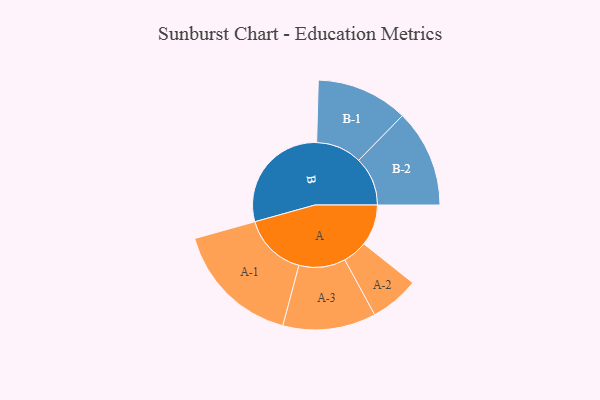
{"axis": {"x": "Segment", "y": "Value"}, "legend": ["", "A", "B"], "data": [{"x": "A", "y": 178, "type": ""}, {"x": "B", "y": 495, "type": ""}, {"x": "A-1", "y": 275, "type": "A"}, {"x": "A-2", "y": 106, "type": "A"}, {"x": "A-3", "y": 201, "type": "A"}, {"x": "B-1", "y": 198, "type": "B"}, {"x": "B-2", "y": 211, "type": "B"}]}